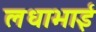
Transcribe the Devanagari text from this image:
लधाभाई